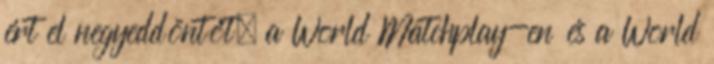
ért el negyeddöntőt, a World Matchplay-en és a World